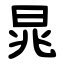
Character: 晁